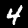
Label: 4